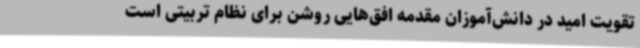
تقویت امید در دانش‌آموزان مقدمه افق‌هایی روشن برای نظام تربیتی است